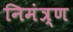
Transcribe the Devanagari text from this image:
निमंत्र्ण